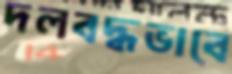
দলবদ্ধভাবে